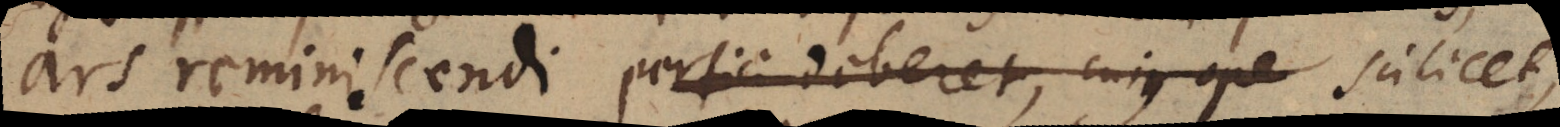
ars reminiscendi perfici deberet, cujus ope scilicet,